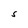
Character: S